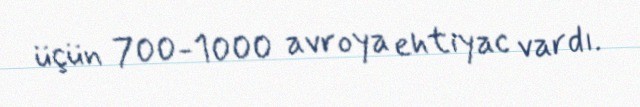
üçün 700-1000 avroya ehtiyac vardı.